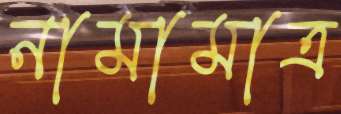
নামামাত্র